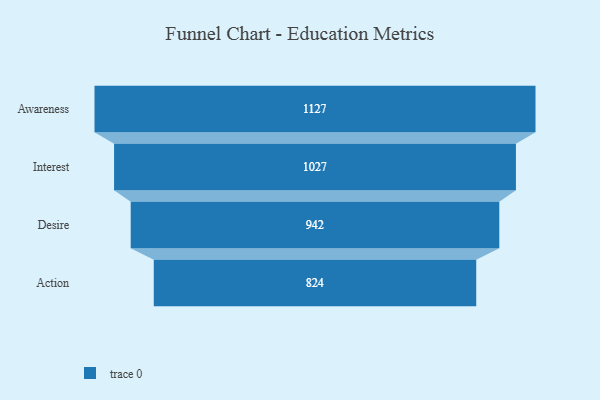
{"axis": {"x": "Stage", "y": "Value"}, "legend": [""], "data": [{"x": "Awareness", "y": 1127.0, "type": ""}, {"x": "Interest", "y": 1027.0, "type": ""}, {"x": "Desire", "y": 942.0, "type": ""}, {"x": "Action", "y": 824.0, "type": ""}]}